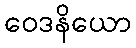
ဝေဒနိယော